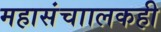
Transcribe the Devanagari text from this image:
महासंचाालकही